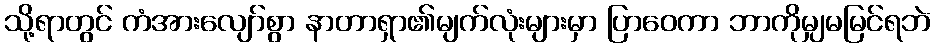
သို့ရာတွင် ကံအားလျော်စွာ နာတာရှာ၏မျက်လုံးများမှာ ပြာဝေကာ ဘာကိုမျှမမြင်ရဘဲ